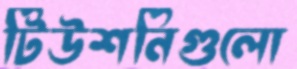
টিউশনিগুলো